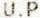
U.P